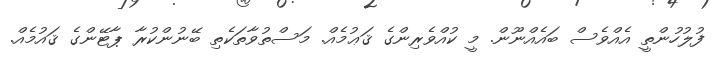
ފުލުހުންތީ އެއްވެސް ބައެއްނޫން. މީ ކުއްވެރިންގެ ޤަޢުމެއް. މަސްތުވާތަކެތި ބޭނުންކުރާ ޕާޓޭންގެ ޤައުމެއް.